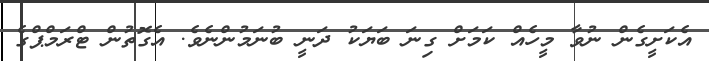
އެކަށީގެން ނުވާ މީހެއް ކަމަށް ގިނަ ބަޔަކު ދަނީ ބުނަމުންނެވެ. އެގޮތުން ޓްރަމްޕްގެ